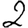
Digit: 2